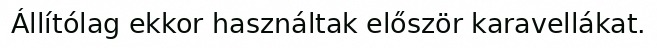
Állítólag ekkor használtak először karavellákat.